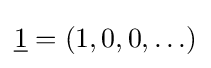
{\underline {1}}=(1,0,0,\ldots )